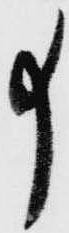
事